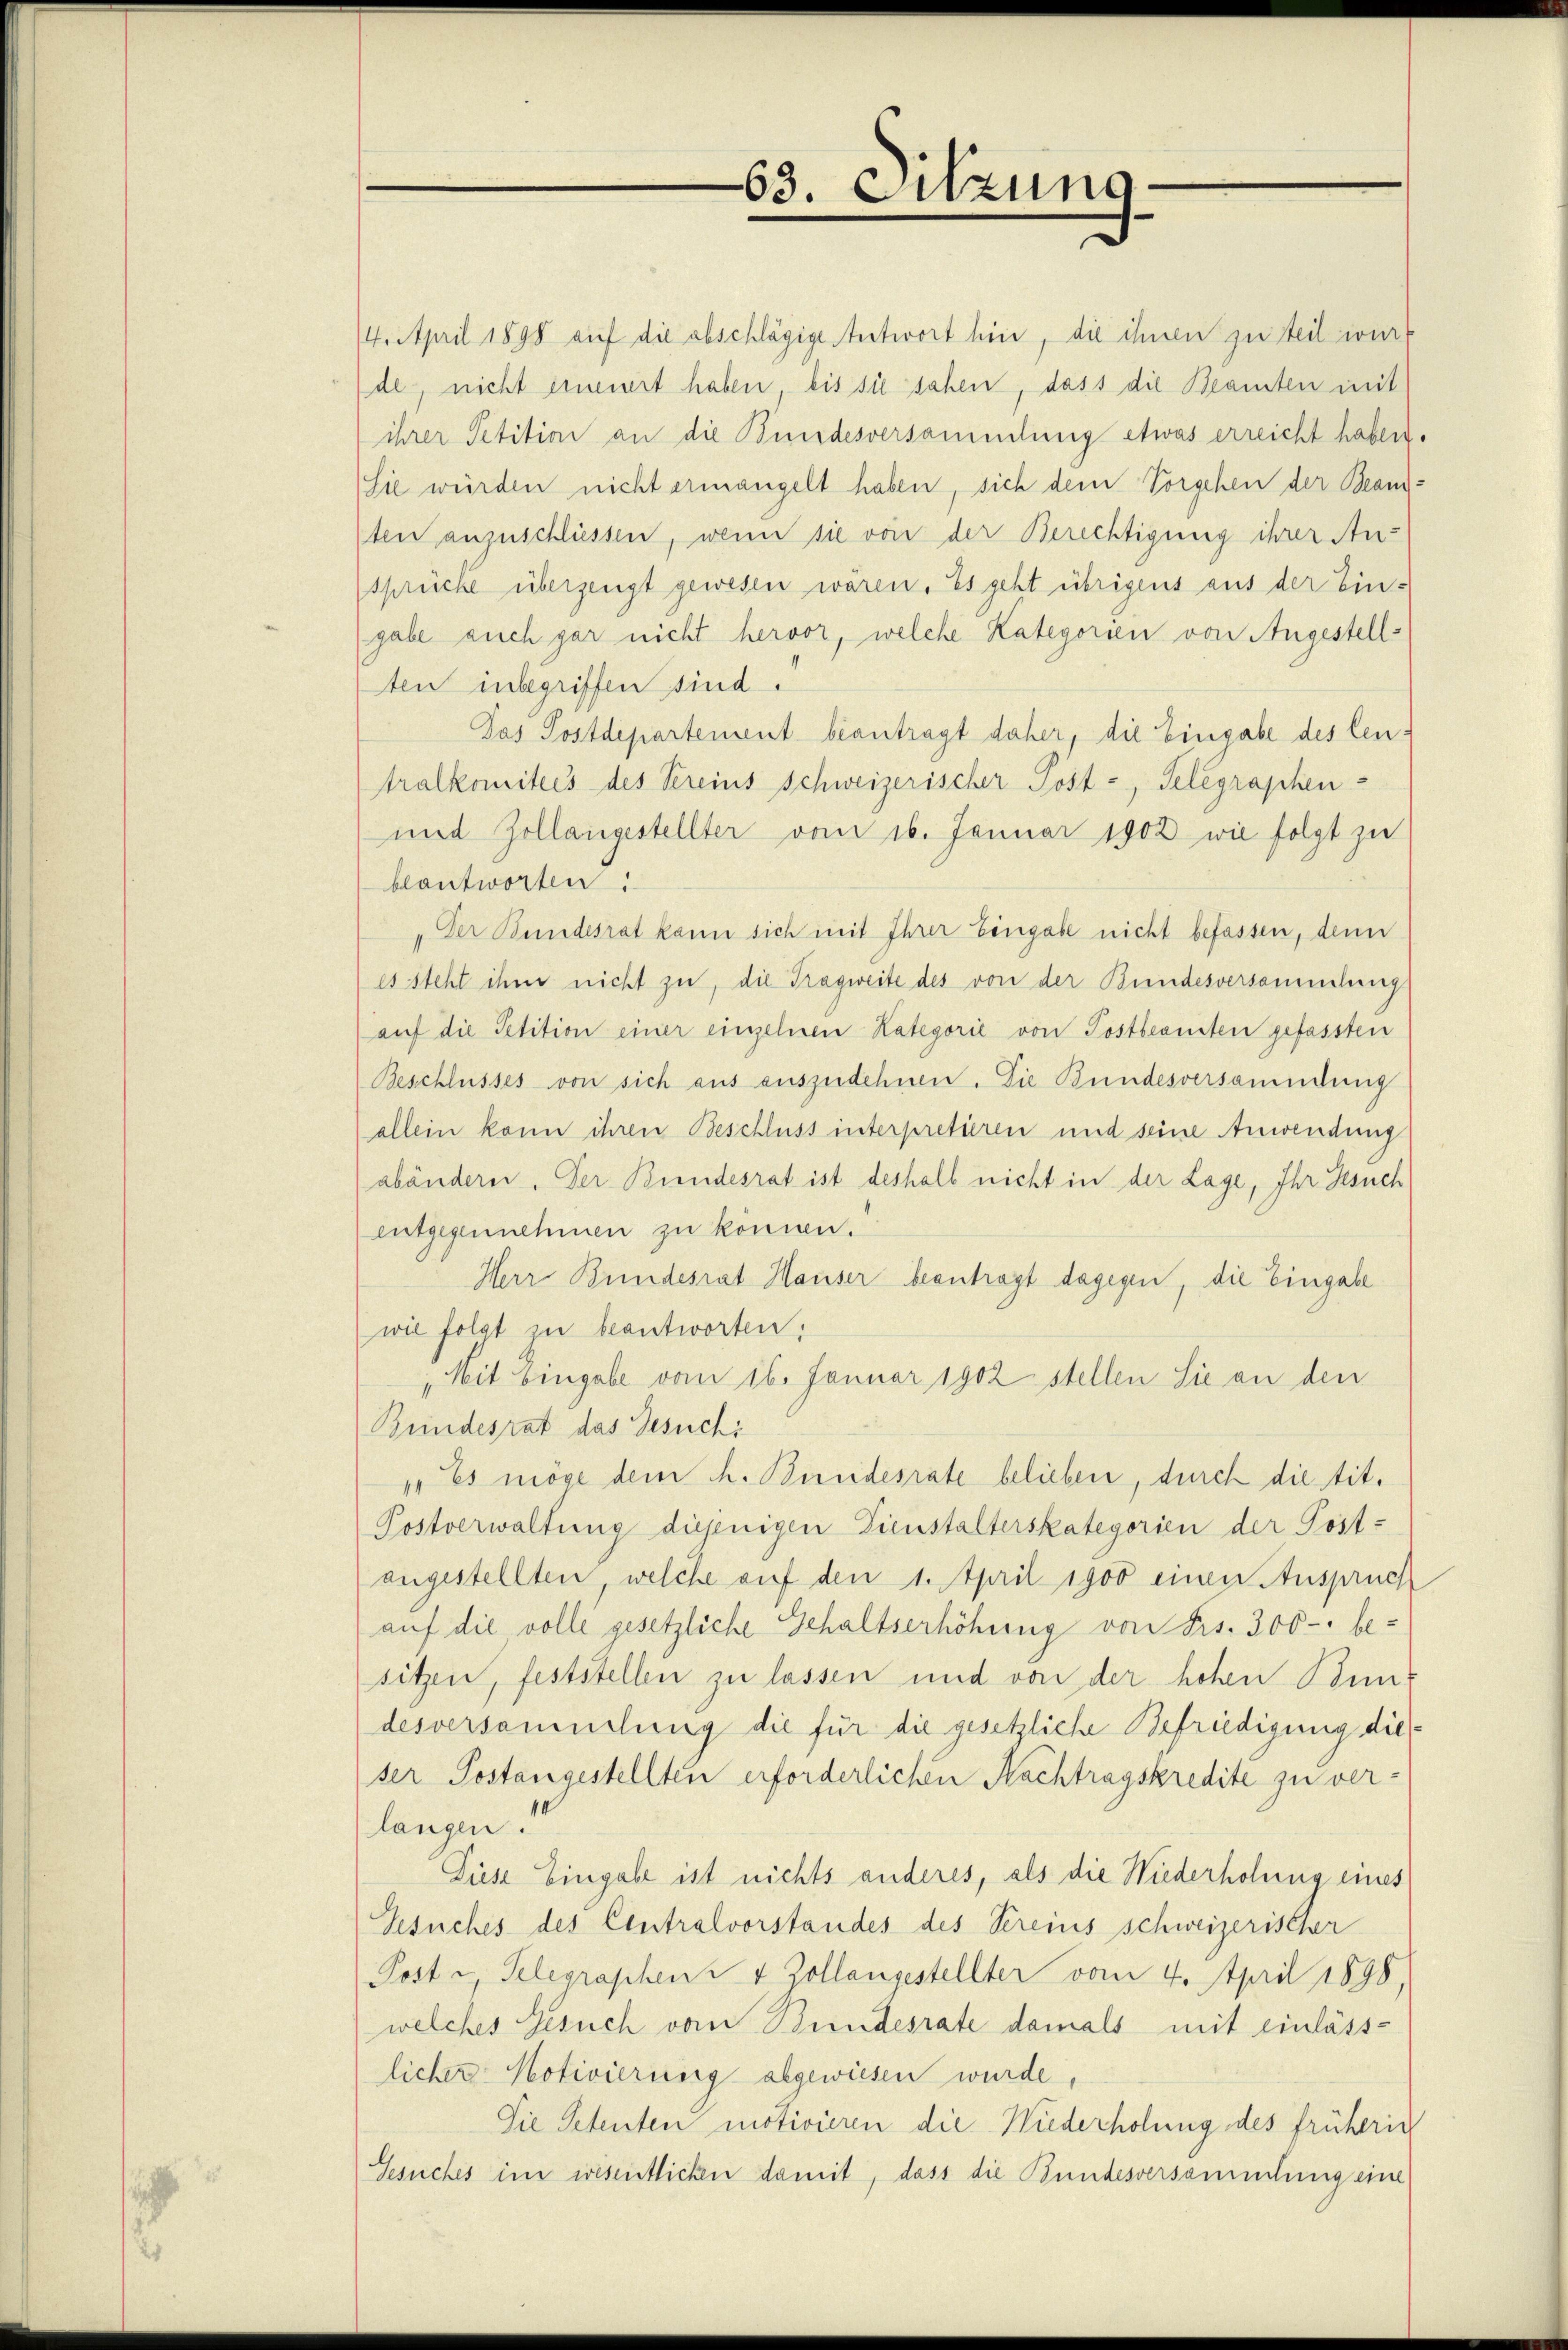
74. April 1898 auf die abschlägige Antwort hin, die ihnen zu steil wurf
de, nicht erneuert haben, bis sie sahen, dass die Beamten mit
ihrer Petition an die Bundesversammlung etwas erreicht haben.
(Sie würden nicht ermangelt haben, sich dem Vorgehen der Beantten anzuschliessen, wenn sie von der Berechtigung ihrer An-
sprücke überzeugt gewesen wären. Es geht übrigens aus der Ein-
gabe auch gar nicht hervor, welche Kategorien von Angestellten inbegriffen sind.
Das Postdepartement beantragt daher, die Eingabe des Centralkomitees des Vereins Schweizerischer Post-, Telegraphen-
und Zollangestellter vom 16. Januar 1902 wie folgt zu
blantworten:
„Der Bundesrat kann sich mit Ihrer Eingabe nicht befassen, denn
es steht ihm nicht zu, die Tragweite des von der Bundesversammlung
aŭf die Petition einer einzelnen Kategorie von Postbeamten gefassten
Beschlusses von sich aus auszudehnen. Die Bundesversammlung
allein kann ihren Beschluss interpretieren und seine Anwendung
abändern. Der Bundesrat ist deshalb nicht in der Lage, Ihr Gesuch
entgegennehmen zu können.
Herr Bundesrat Hauser beantragt dagegen, die Eingabe
wie folgt zu beantworten:
Mit Eingabe vom 16. Januar 1902 stellen Sie an den
Bundesrat das Gesuchi
1. Es möge dem h. Bundesrate belieben, durch die tit.
Postverwaltung diejenigen Dienstalterskategorien der Post-
angestellten, welche auf den 1. April 1900 einen Anspruch
auf die volle gesetzliche Gehaltserhöhung von Frs. 300 - be-
sitzen, feststellen zu lassen und von der hohen Bun-
desversammlung die für die gesetzliche Befriedigung die
ser Postangestellten erforderlichen Nachtragskredite zu ver-
langen.
Diese Eingabe ist nichts anderes, als die Wiederholung eines
Gesuches des Centralvorstandes des Vereins schweizerischer
Post u. Telegraphen 4 Zollangestellter vom 4. April 1898.
welches Gesuch vom Bundesrate damals mit einläss-
licher Motivierung abgewiesen wurde,
Sie Petenten motivieren die Niederholung des früherig
Gesuches im wesentlichen damit, dass die Bundesversammlung eine

63. Sitzung